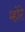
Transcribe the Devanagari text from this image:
म्होरे